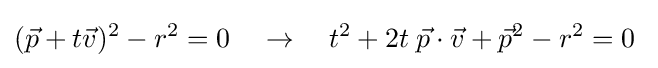
({\vec {p}}+t{\vec {v}})^{2}-r^{2}=0\quad \rightarrow \quad t^{2}+2t\;{\vec {p}}\cdot {\vec {v}}+{\vec {p}}^{2}-r^{2}=0\